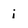
Character: i